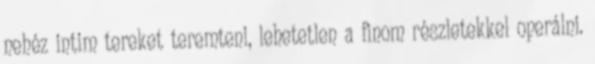
nehéz intim tereket teremteni, lehetetlen a finom részletekkel operálni.